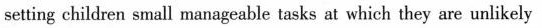
setting children small manageable tasks at which they are unlikely